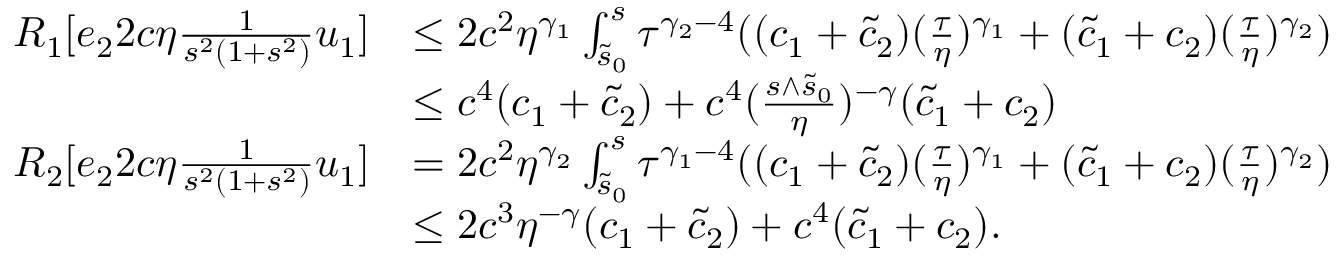
\begin{array} { r l } { R _ { 1 } [ e _ { 2 } 2 c \eta \frac 1 { s ^ { 2 } ( 1 + s ^ { 2 } ) } u _ { 1 } ] } & { \le 2 c ^ { 2 } \eta ^ { \gamma _ { 1 } } \int _ { \tilde { s } _ { 0 } } ^ { s } \tau ^ { \gamma _ { 2 } - 4 } ( ( c _ { 1 } + \tilde { c } _ { 2 } ) ( \frac \tau \eta ) ^ { \gamma _ { 1 } } + ( \tilde { c } _ { 1 } + c _ { 2 } ) ( \frac \tau \eta ) ^ { \gamma _ { 2 } } ) } \\ & { \le c ^ { 4 } ( c _ { 1 } + \tilde { c } _ { 2 } ) + c ^ { 4 } ( \frac { s \wedge \tilde { s } _ { 0 } } \eta ) ^ { - \gamma } ( \tilde { c } _ { 1 } + c _ { 2 } ) } \\ { R _ { 2 } [ e _ { 2 } 2 c \eta \frac 1 { s ^ { 2 } ( 1 + s ^ { 2 } ) } u _ { 1 } ] } & { = 2 c ^ { 2 } \eta ^ { \gamma _ { 2 } } \int _ { \tilde { s } _ { 0 } } ^ { s } \tau ^ { \gamma _ { 1 } - 4 } ( ( c _ { 1 } + \tilde { c } _ { 2 } ) ( \frac \tau \eta ) ^ { \gamma _ { 1 } } + ( \tilde { c } _ { 1 } + c _ { 2 } ) ( \frac \tau \eta ) ^ { \gamma _ { 2 } } ) } \\ & { \le 2 c ^ { 3 } \eta ^ { - \gamma } ( c _ { 1 } + \tilde { c } _ { 2 } ) + c ^ { 4 } ( \tilde { c } _ { 1 } + c _ { 2 } ) . } \end{array}